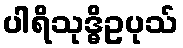
ပါရိသုဒ္ဓိဥပုသ်